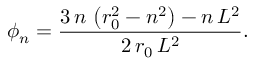
\phi _ { n } = \frac { 3 \, n \, \left( r _ { 0 } ^ { 2 } - n ^ { 2 } \right) - n \, L ^ { 2 } } { 2 \, r _ { 0 } \, L ^ { 2 } } .